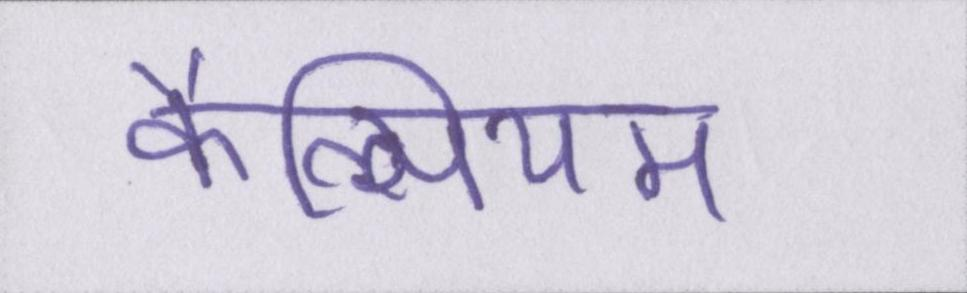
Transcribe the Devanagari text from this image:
कैल्सियम